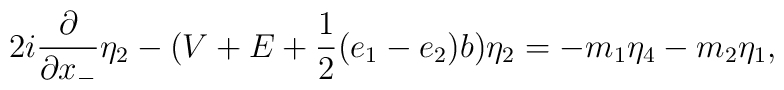
2i \frac{\partial}{\partial x_{-}} {\eta}_2 -(V+E + \frac{1}{2}(e_1-e_2)b ) {\eta}_2=  -m_1 {\eta}_4 - m_2 {\eta}_1,